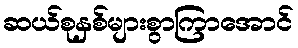
ဆယ်စုနှစ်များစွာကြာအောင်